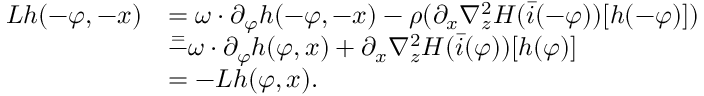
\begin{array} { r l } { L h ( - \varphi , - x ) } & { = \omega \cdot \partial _ { \varphi } h ( - \varphi , - x ) - \rho ( \partial _ { x } \nabla _ { z } ^ { 2 } H ( \bar { i } ( - \varphi ) ) [ h ( - \varphi ) ] ) } \\ & { \overset { = } - \omega \cdot \partial _ { \varphi } h ( \varphi , x ) + \partial _ { x } \nabla _ { z } ^ { 2 } H ( \bar { i } ( \varphi ) ) [ h ( \varphi ) ] } \\ & { = - L h ( \varphi , x ) . } \end{array}